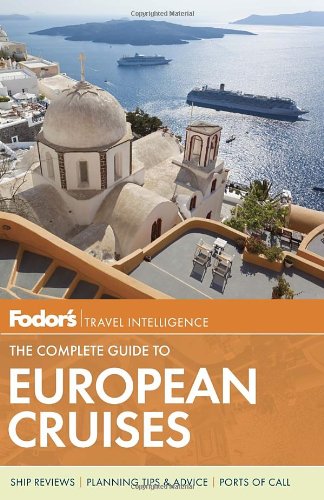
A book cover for Fodor's The Complete Guide to European Cruises (Travel Guide); Fodor's; Travel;